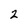
Character: z